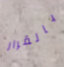
بالقرار